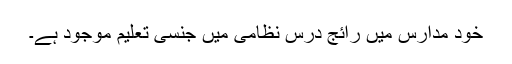
خود مدارس میں رائج درس نظامی میں جنسی تعلیم موجود ہے۔